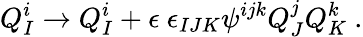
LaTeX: Q_{I}^{i}\to Q_{I}^{i}+\epsilon\ \epsilon_{IJK}\psi^{ijk}Q_{J}^{j}Q_{K}^{k}~.